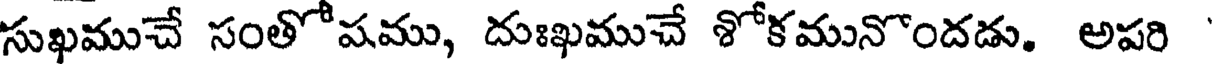
సుఖముచే సంతోషము, దుఃఖముచే శోకమునొందడు. అపరి